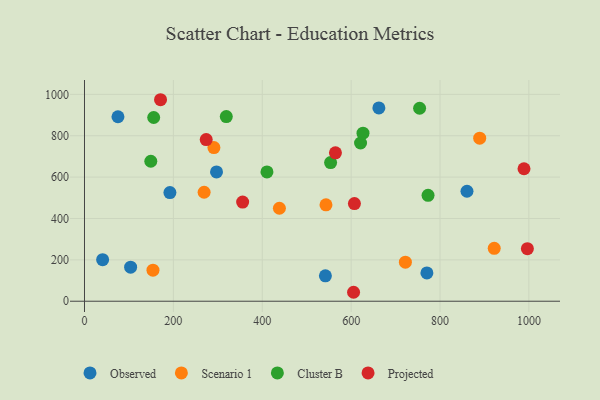
{"axis": {"x": "Speed", "y": "Exam Score"}, "legend": ["Cluster B", "Observed", "Projected", "Scenario 1"], "data": [{"x": "860.7", "y": 531.6, "type": "Observed"}, {"x": "662.4", "y": 934.3, "type": "Observed"}, {"x": "40.8", "y": 201.0, "type": "Observed"}, {"x": "542.1", "y": 122.6, "type": "Observed"}, {"x": "297.1", "y": 625.1, "type": "Observed"}, {"x": "770.5", "y": 136.7, "type": "Observed"}, {"x": "75.3", "y": 891.8, "type": "Observed"}, {"x": "103.8", "y": 164.5, "type": "Observed"}, {"x": "192.2", "y": 525.2, "type": "Observed"}, {"x": "722.1", "y": 188.6, "type": "Scenario 1"}, {"x": "154.1", "y": 150.3, "type": "Scenario 1"}, {"x": "438.6", "y": 449.5, "type": "Scenario 1"}, {"x": "889.3", "y": 788.0, "type": "Scenario 1"}, {"x": "543.4", "y": 465.8, "type": "Scenario 1"}, {"x": "269.2", "y": 526.9, "type": "Scenario 1"}, {"x": "291.2", "y": 742.9, "type": "Scenario 1"}, {"x": "922.0", "y": 255.8, "type": "Scenario 1"}, {"x": "410.6", "y": 625.0, "type": "Cluster B"}, {"x": "149.2", "y": 676.8, "type": "Cluster B"}, {"x": "773.1", "y": 512.2, "type": "Cluster B"}, {"x": "553.8", "y": 670.2, "type": "Cluster B"}, {"x": "319.1", "y": 892.5, "type": "Cluster B"}, {"x": "754.1", "y": 933.0, "type": "Cluster B"}, {"x": "621.2", "y": 764.8, "type": "Cluster B"}, {"x": "155.7", "y": 888.1, "type": "Cluster B"}, {"x": "626.7", "y": 812.2, "type": "Cluster B"}, {"x": "605.5", "y": 43.3, "type": "Projected"}, {"x": "564.7", "y": 717.6, "type": "Projected"}, {"x": "171.1", "y": 974.1, "type": "Projected"}, {"x": "989.0", "y": 640.4, "type": "Projected"}, {"x": "355.9", "y": 479.4, "type": "Projected"}, {"x": "607.4", "y": 472.2, "type": "Projected"}, {"x": "273.9", "y": 781.4, "type": "Projected"}, {"x": "996.6", "y": 254.1, "type": "Projected"}]}